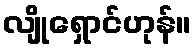
လျိုရှောင်ဟုန်။